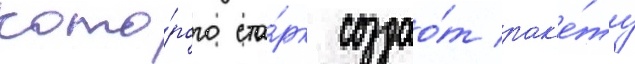
кото́рого ста́рк создао́т рак'е́ту